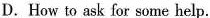
D.How to ask for some help.